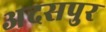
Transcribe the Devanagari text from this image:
अदसपुर